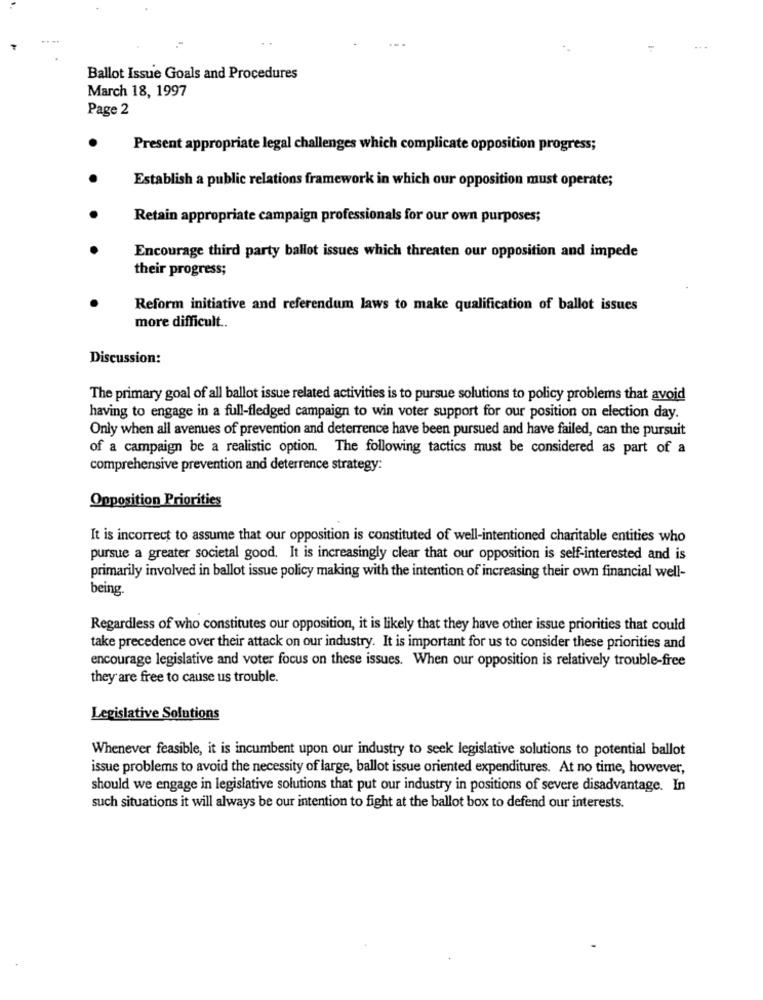
...
Ballot Issue Goals and Procedures
March 18, 1997
Page 2
Present appropriate legal challenges which complicate opposition progress;
Establish a public relations framework in which our opposition must operate;
Retain appropriate campaign professionals for our own purposes;
Encourage third party ballot issues which threaten our opposition and impede
their progress;
Reform initiative and referendum laws to make qualification of ballot issues
more difficult ..
Discussion:
The primary goal of all ballot issue related activities is to pursue solutions to policy problems that avoid
having to engage in a full-fledged campaign to win voter support for our position on election day.
Only when all avenues of prevention and deterrence have been pursued and have failed, can the pursuit
of a campaign be a realistic option. The following tactics must be considered as part of a
comprehensive prevention and deterrence strategy:
Opposition Priorities
It is incorrect to assume that our opposition is constituted of well-intentioned charitable entities who
pursue a greater societal good. It is increasingly clear that our opposition is self-interested and is
primarily involved in ballot issue policy making with the intention of increasing their own financial well-
being
Regardless of who constitutes our opposition, it is likely that they have other issue priorities that could
take precedence over their attack on our industry. It is important for us to consider these priorities and
encourage legislative and voter focus on these issues. When our opposition is relatively trouble-free
they are free to cause us trouble.
Legislative Solutions
Whenever feasible, it is incumbent upon our industry to seek legislative solutions to potential ballot
issue problems to avoid the necessity of large, ballot issue oriented expenditures. At no time, however,
should we engage in legislative solutions that put our industry in positions of severe disadvantage. In
such situations it will always be our intention to fight at the ballot box to defend our interests.